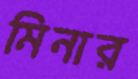
মিনার